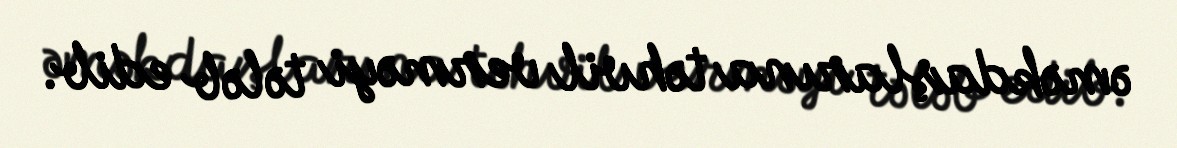
əməkdaşlarına təhvil verməyi tələb edib.